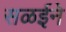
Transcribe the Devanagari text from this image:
सळईने